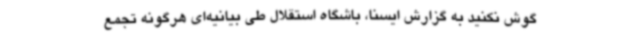
گوش نکنید به گزارش ایسنا، باشگاه استقلال طی بیانیه‌ای هرگونه تجمع